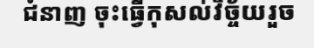
ជំនាញ ចុះធ្វើកុសល់វិច្ច័យរួច